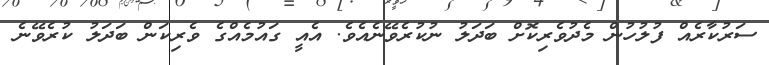
ސަރުކާރެއް ފުލުހުން މެދުވެރިކޮށް ބަދަލު ނުކުރެވޭނެއެވެ. އެއީ ގައުމެއްގެ ވެރިކަން ބަދަލު ކުރެވޭނެ